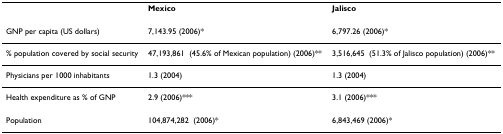
<table><thead><tr><td></td><td><b>Mexico</b></td><td><b>Jalisco</b></td></tr></thead><tbody><tr><td>GNP per capita (US dollars)</td><td>7,143.95 (2006)*</td><td>6,797.26 (2006)*</td></tr><tr><td>% population covered by social security</td><td>47,193,861(45.6% of Mexican population) (2006)**</td><td>3,516,645(51.3% of Jalisco population) (2006)**</td></tr><tr><td>Physicians per 1000 inhabitants</td><td>1.3 (2004)</td><td>1.3 (2004)</td></tr><tr><td>Health expenditure as % of GNP</td><td>2.9 (2006)***</td><td>3.1 (2006)***</td></tr><tr><td>Population</td><td>104,874,282(2006)*</td><td>6,843,469 (2006)*</td></tr></tbody></table>